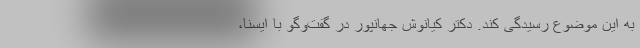
به این موضوع رسیدگی کند. دکتر کیانوش جهانپور در گفت‌وگو با ایسنا،